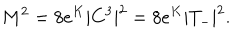
M ^ { 2 } = 8 e ^ { K } | C ^ { 3 } | ^ { 2 } = 8 e ^ { K } | T _ { - } | ^ { 2 } .